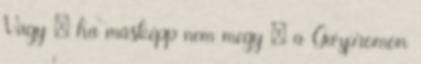
Vagy – ha másképp nem megy – a Gazpromon